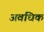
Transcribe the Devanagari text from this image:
अवधिक